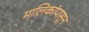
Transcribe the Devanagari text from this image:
मालिकांपासून